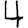
Digit: 4